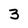
Character: 3